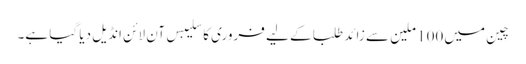
چِین میں 100 ملین سے زائد طلبا کے لیے فروری کا سلیبس آن لائن انڈیل دیا گیا ہے۔